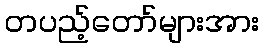
တပည့်တော်များအား